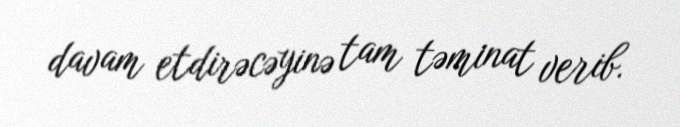
davam etdirəcəyinə tam təminat verib.